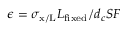
\epsilon = \sigma _ { \mathrm { x / L } } L _ { \mathrm { f i x e d } } / d _ { c } S F